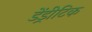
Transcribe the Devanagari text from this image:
डेंड्रीटिक